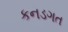
કનડગત